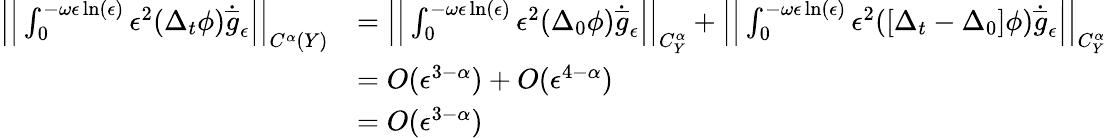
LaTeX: \begin{array}{rl}{\Big|\Big|\int_{0}^{-\omega\epsilon\ln(\epsilon)}\epsilon^{2}(\Delta_{t}\phi)\dot{\overline{{g}}}_{\epsilon}\Big|\Big|_{C^{\alpha}(Y)}}&{=\Big|\Big|\int_{0}^{-\omega\epsilon\ln(\epsilon)}\epsilon^{2}(\Delta_{0}\phi)\dot{\overline{{g}}}_{\epsilon}\Big|\Big|_{C_{Y}^{\alpha}}+\Big|\Big|\int_{0}^{-\omega\epsilon\ln(\epsilon)}\epsilon^{2}([\Delta_{t}-\Delta_{0}]\phi)\dot{\overline{{g}}}_{\epsilon}\Big|\Big|_{C_{Y}^{\alpha}}}\\ &{=O(\epsilon^{3-\alpha})+O(\epsilon^{4-\alpha})}\\ &{=O(\epsilon^{3-\alpha})}\end{array}